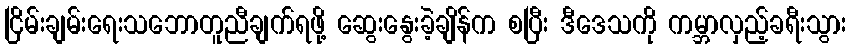
ငြိမ်းချမ်းရေးသဘောတူညီချက်ရဖို့ ဆွေးနွေးခဲ့ချိန်က စပြီး ဒီဒေသကို ကမ္ဘာလှည့်ခရီးသွား